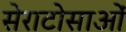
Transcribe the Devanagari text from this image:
सेराटोसाओं